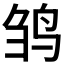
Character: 𬸅